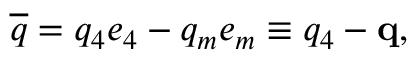
\overline { { { q } } } = q _ { 4 } e _ { 4 } - q _ { m } e _ { m } \equiv q _ { 4 } - \mathbf { q } ,